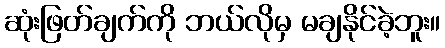
ဆုံးဖြတ်ချက်ကို ဘယ်လိုမှ မချနိုင်ခဲ့ဘူး။